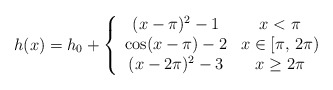
\begin{align*}h(x) = h_0+\left\{\begin{array}{cc}(x-\pi)^2-1 & x < \pi\\\cos(x-\pi)-2 & x \in [\pi,\,2\pi)\\(x-2\pi)^2-3 & x \ge 2\pi\end{array}\right.\end{align*}